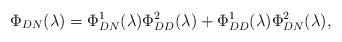
LaTeX: \begin{align*}\Phi_{DN}(\lambda)=\Phi_{DN}^1(\lambda)\Phi_{DD}^2(\lambda)+\Phi_{DD}^1(\lambda)\Phi_{DN}^2(\lambda),\end{align*}